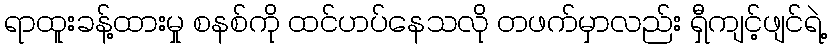
ရာထူးခန့်ထားမှု စနစ်ကို ထင်ဟပ်နေသလို တဖက်မှာလည်း ရှီကျင့်ဖျင်ရဲ့